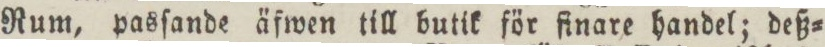
Rum, pasſande äfwen till butik för finare handel; deß=